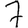
Digit: 7